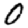
Digit: 0